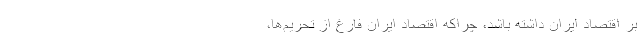
بر اقتصاد ایران داشته باشد، چراکه اقتصاد ایران فارغ از تحریم‌ها،